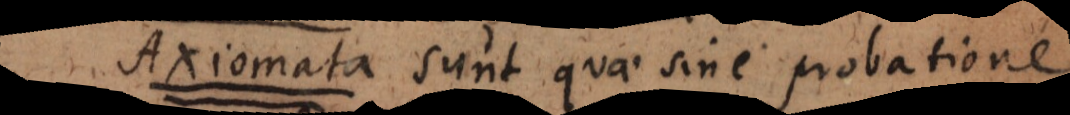
A sunt quae sine probatione